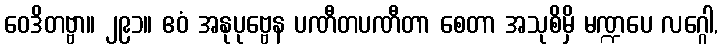
ဝေဒိတဗ္ဗာ။ ၂၉၁။ ဧဝံ အနုပုဗ္ဗေန ပဏီတပဏီတာ စေတာ အသုစိမှိ မဏ္ဍပေ လဂ္ဂေါ,